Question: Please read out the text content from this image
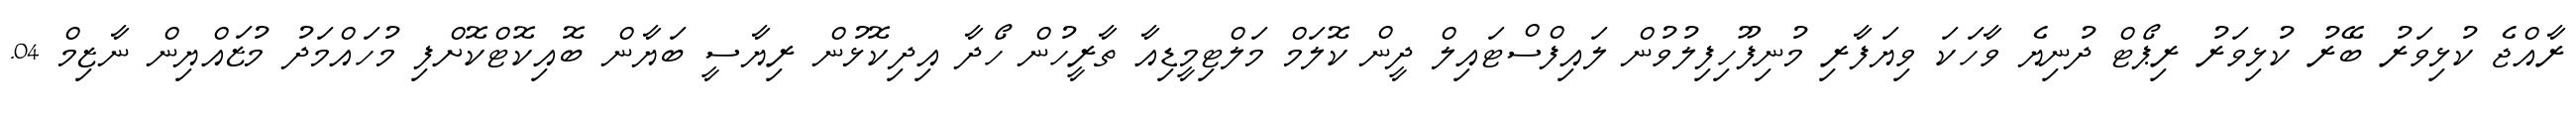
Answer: ރާއްޖެ ކުޅިވަރު ބޭރު ކުޅިވަރު ރިޕޯޓް ދުނިޔެ ވާހަކަ ވިޔަފާރި މުނިފޫހިފިލުވުން ލައިފްސްޓައިލް ދީން ކޮލަމް މަލްޓިމީޑިއާ ތާރީހުން ހޯދާ އިދިކޮޅުން ރިޔާސީ ބަޔާން ބޮއިކޮޓްކޮށްފި މުހައްމަދު މުޒައްޔިން ނާޒިމް 04.